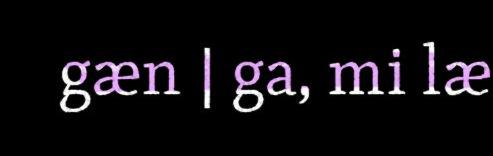
gæn | ga, mi læ